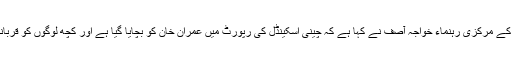
پاکستان مسلم لیگ (ن) کے مرکزی رہنماء خواجہ آصف نے کہا ہے کہ چینی اسکینڈل کی رپورٹ میں عمران خان کو بچایا گیا ہے اور کچھ لوگوں کو قربانی کا بکرا بنایا گیا ہے۔